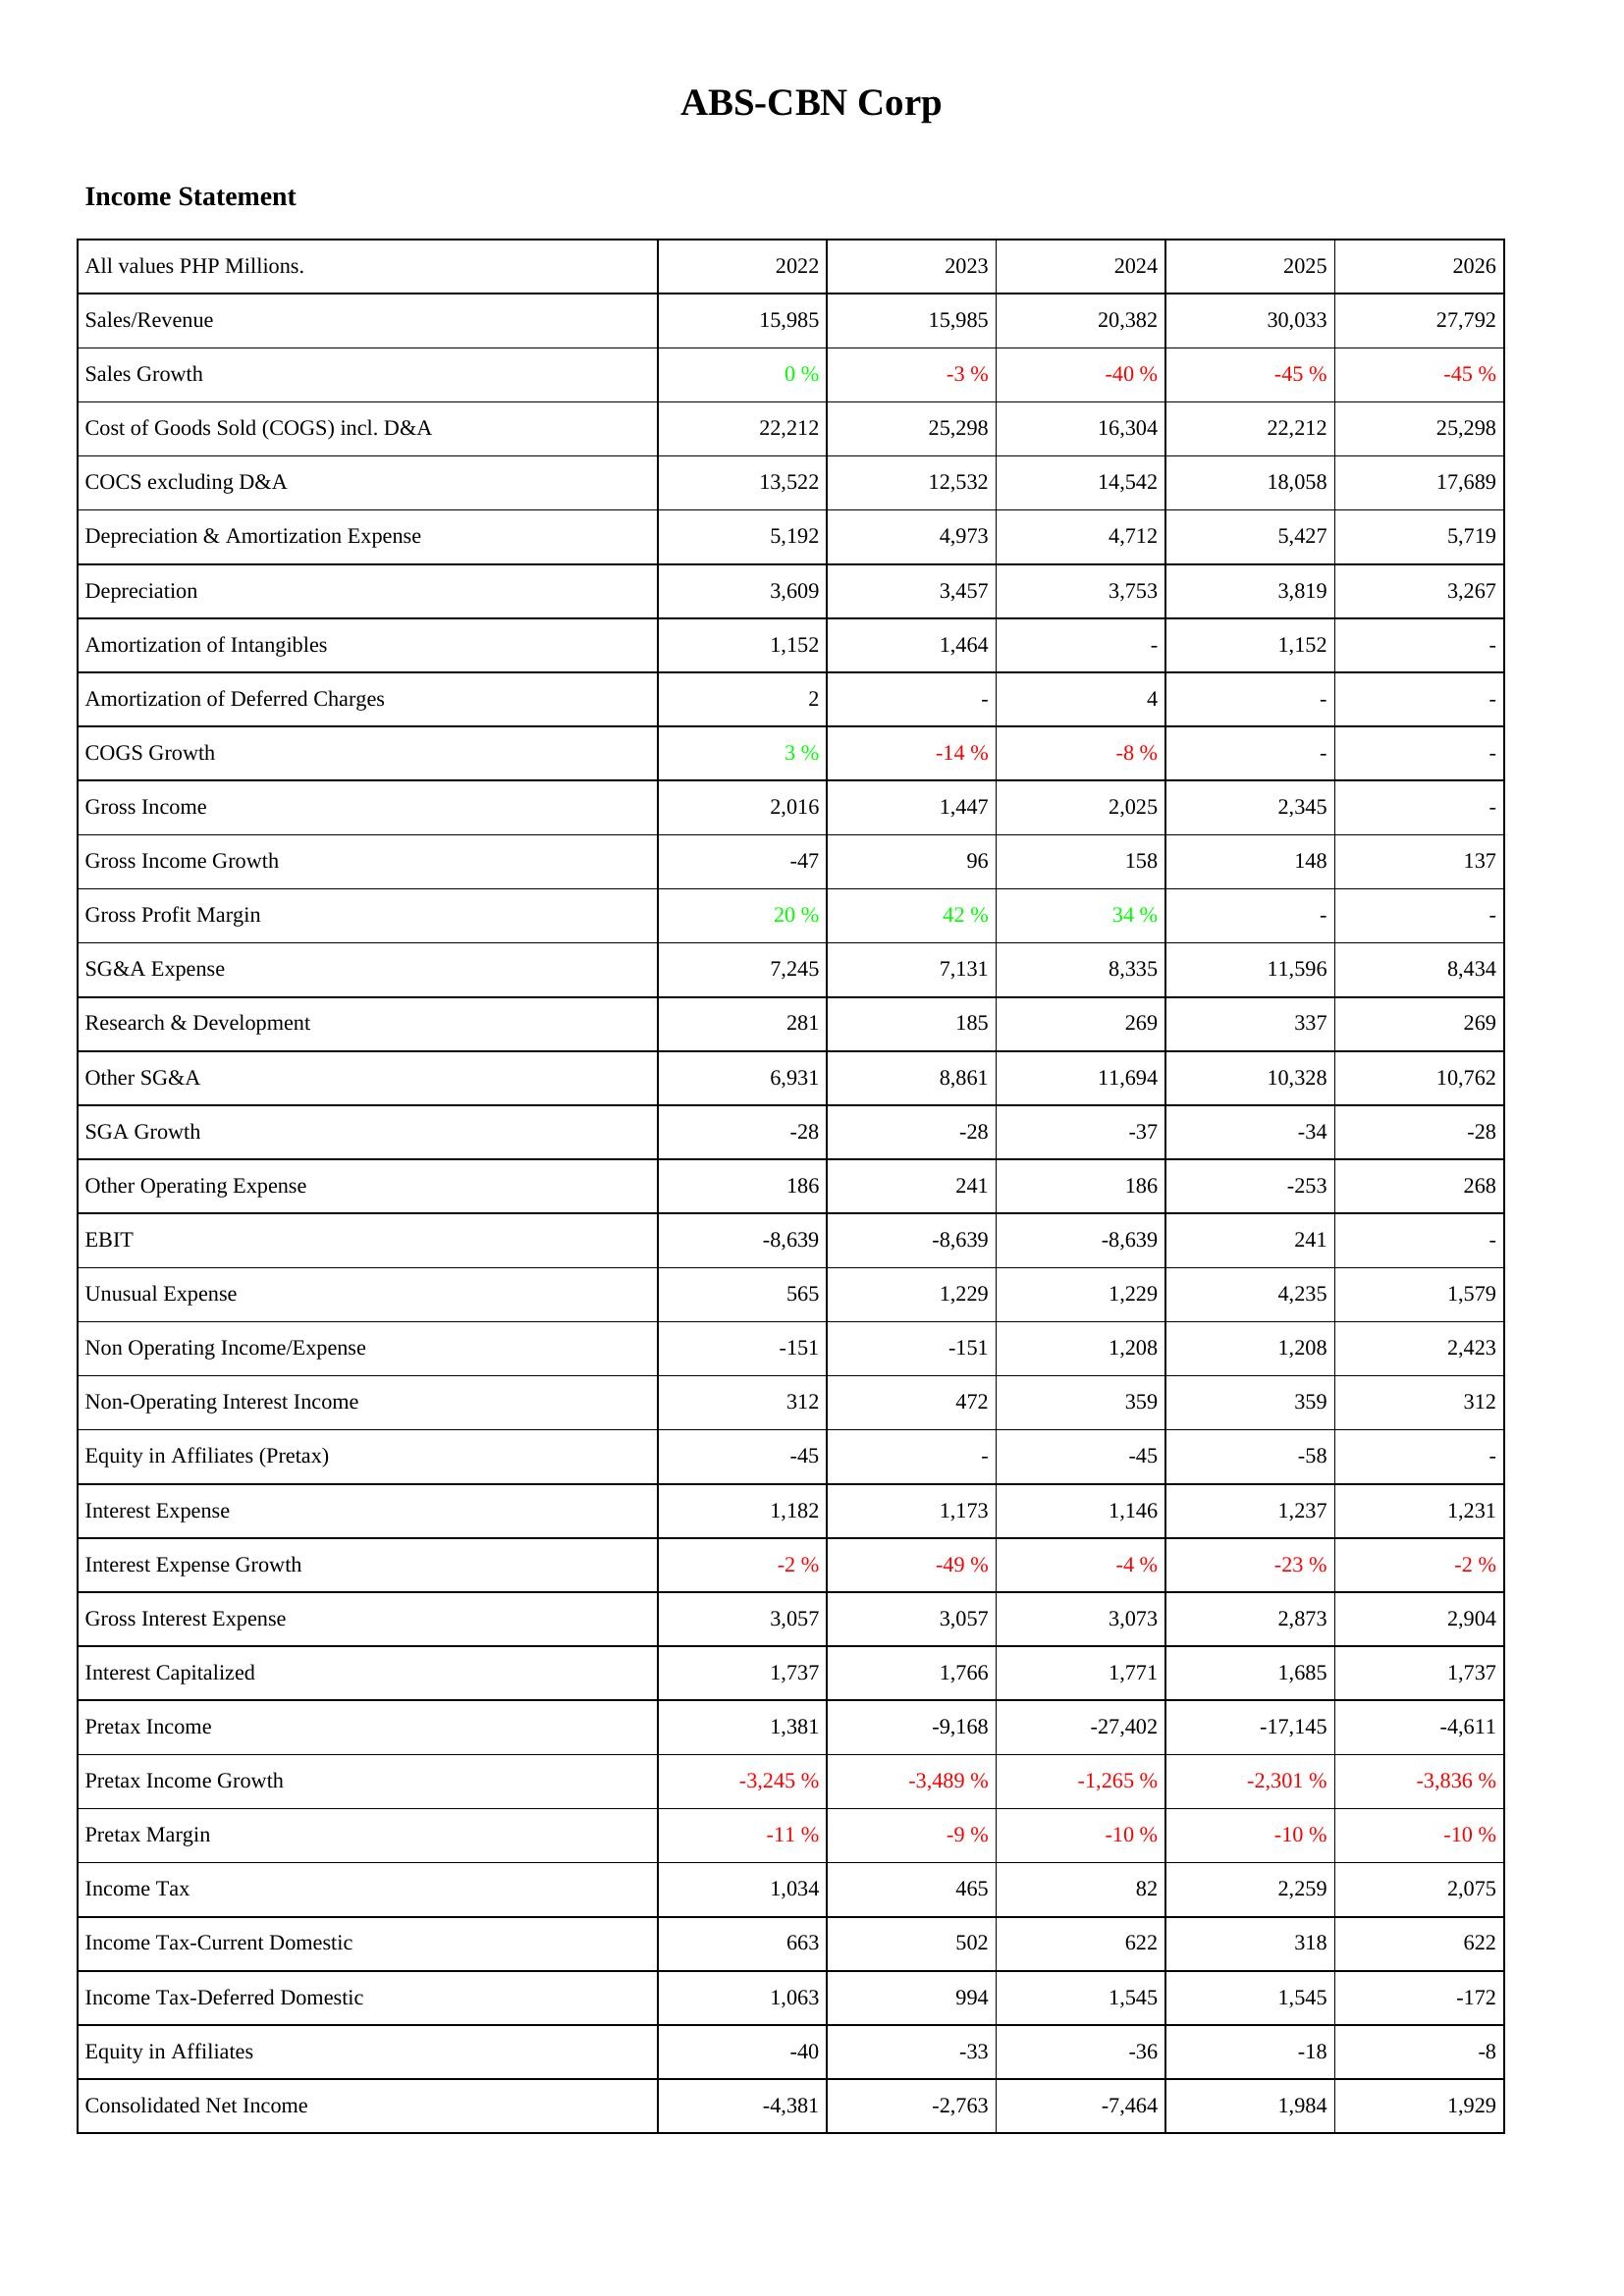
2022: Income Statement: Sales/Revenue: 15,985
Sales Growth: 0 %
Cost of Goods Sold (COGS) incl. D&A: 22,212
COCS excluding D&A: 13,522
Depreciation & Amortization Expense: 5,192
Depreciation: 3,609
Amortization of Intangibles: 1,152
Amortization of Deferred Charges: 2
COGS Growth: 3 %
Gross Income: 2,016
Gross Income Growth: -47
Gross Profit Margin: 20 %
SG&A Expense: 7,245
Research & Development: 281
Other SG&A: 6,931
SGA Growth: -28
Other Operating Expense: 186
EBIT: -8,639
Unusual Expense: 565
Non Operating Income/Expense: -151
Non-Operating Interest Income: 312
Equity in Affiliates (Pretax): -45
Interest Expense: 1,182
Interest Expense Growth: -2 %
Gross Interest Expense: 3,057
Interest Capitalized: 1,737
Pretax Income: 1,381
Pretax Income Growth: -3,245 %
Pretax Margin: -11 %
Income Tax: 1,034
Income Tax-Current Domestic: 663
Income Tax-Deferred Domestic: 1,063
Equity in Affiliates: -40
Consolidated Net Income: -4,381
2023: Income Statement: Sales/Revenue: 15,985
Sales Growth: -3 %
Cost of Goods Sold (COGS) incl. D&A: 25,298
COCS excluding D&A: 12,532
Depreciation & Amortization Expense: 4,973
Depreciation: 3,457
Amortization of Intangibles: 1,464
Amortization of Deferred Charges: -
COGS Growth: -14 %
Gross Income: 1,447
Gross Income Growth: 96
Gross Profit Margin: 42 %
SG&A Expense: 7,131
Research & Development: 185
Other SG&A: 8,861
SGA Growth: -28
Other Operating Expense: 241
EBIT: -8,639
Unusual Expense: 1,229
Non Operating Income/Expense: -151
Non-Operating Interest Income: 472
Equity in Affiliates (Pretax): -
Interest Expense: 1,173
Interest Expense Growth: -49 %
Gross Interest Expense: 3,057
Interest Capitalized: 1,766
Pretax Income: -9,168
Pretax Income Growth: -3,489 %
Pretax Margin: -9 %
Income Tax: 465
Income Tax-Current Domestic: 502
Income Tax-Deferred Domestic: 994
Equity in Affiliates: -33
Consolidated Net Income: -2,763
2024: Income Statement: Sales/Revenue: 20,382
Sales Growth: -40 %
Cost of Goods Sold (COGS) incl. D&A: 16,304
COCS excluding D&A: 14,542
Depreciation & Amortization Expense: 4,712
Depreciation: 3,753
Amortization of Intangibles: -
Amortization of Deferred Charges: 4
COGS Growth: -8 %
Gross Income: 2,025
Gross Income Growth: 158
Gross Profit Margin: 34 %
SG&A Expense: 8,335
Research & Development: 269
Other SG&A: 11,694
SGA Growth: -37
Other Operating Expense: 186
EBIT: -8,639
Unusual Expense: 1,229
Non Operating Income/Expense: 1,208
Non-Operating Interest Income: 359
Equity in Affiliates (Pretax): -45
Interest Expense: 1,146
Interest Expense Growth: -4 %
Gross Interest Expense: 3,073
Interest Capitalized: 1,771
Pretax Income: -27,402
Pretax Income Growth: -1,265 %
Pretax Margin: -10 %
Income Tax: 82
Income Tax-Current Domestic: 622
Income Tax-Deferred Domestic: 1,545
Equity in Affiliates: -36
Consolidated Net Income: -7,464
2025: Income Statement: Sales/Revenue: 30,033
Sales Growth: -45 %
Cost of Goods Sold (COGS) incl. D&A: 22,212
COCS excluding D&A: 18,058
Depreciation & Amortization Expense: 5,427
Depreciation: 3,819
Amortization of Intangibles: 1,152
Amortization of Deferred Charges: -
COGS Growth: -
Gross Income: 2,345
Gross Income Growth: 148
Gross Profit Margin: -
SG&A Expense: 11,596
Research & Development: 337
Other SG&A: 10,328
SGA Growth: -34
Other Operating Expense: -253
EBIT: 241
Unusual Expense: 4,235
Non Operating Income/Expense: 1,208
Non-Operating Interest Income: 359
Equity in Affiliates (Pretax): -58
Interest Expense: 1,237
Interest Expense Growth: -23 %
Gross Interest Expense: 2,873
Interest Capitalized: 1,685
Pretax Income: -17,145
Pretax Income Growth: -2,301 %
Pretax Margin: -10 %
Income Tax: 2,259
Income Tax-Current Domestic: 318
Income Tax-Deferred Domestic: 1,545
Equity in Affiliates: -18
Consolidated Net Income: 1,984
2026: Income Statement: Sales/Revenue: 27,792
Sales Growth: -45 %
Cost of Goods Sold (COGS) incl. D&A: 25,298
COCS excluding D&A: 17,689
Depreciation & Amortization Expense: 5,719
Depreciation: 3,267
Amortization of Intangibles: -
Amortization of Deferred Charges: -
COGS Growth: -
Gross Income: -
Gross Income Growth: 137
Gross Profit Margin: -
SG&A Expense: 8,434
Research & Development: 269
Other SG&A: 10,762
SGA Growth: -28
Other Operating Expense: 268
EBIT: -
Unusual Expense: 1,579
Non Operating Income/Expense: 2,423
Non-Operating Interest Income: 312
Equity in Affiliates (Pretax): -
Interest Expense: 1,231
Interest Expense Growth: -2 %
Gross Interest Expense: 2,904
Interest Capitalized: 1,737
Pretax Income: -4,611
Pretax Income Growth: -3,836 %
Pretax Margin: -10 %
Income Tax: 2,075
Income Tax-Current Domestic: 622
Income Tax-Deferred Domestic: -172
Equity in Affiliates: -8
Consolidated Net Income: 1,929